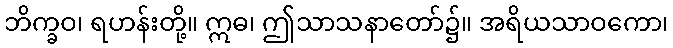
ဘိက္ခဝ၊ ရဟန်းတို့။ ဣဓ၊ ဤသာသနာတော်၌။ အရိယသာဝကော၊